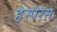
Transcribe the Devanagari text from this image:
हेस्पेरस